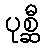
ပုစ္ဆီ